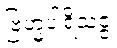
ဗြဟ္မပါရိသဇ္ဇံ